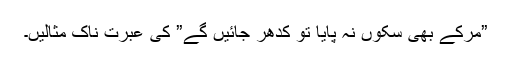
”مرکے بھی سکوں نہ پایا تو کدھر جائیں گے” کی عبرت ناک مثالیں۔